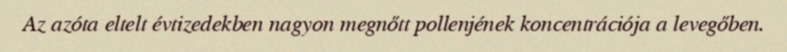
Az azóta eltelt évtizedekben nagyon megnőtt pollenjének koncentrációja a levegőben.